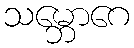
သမ္ဘောဂေ